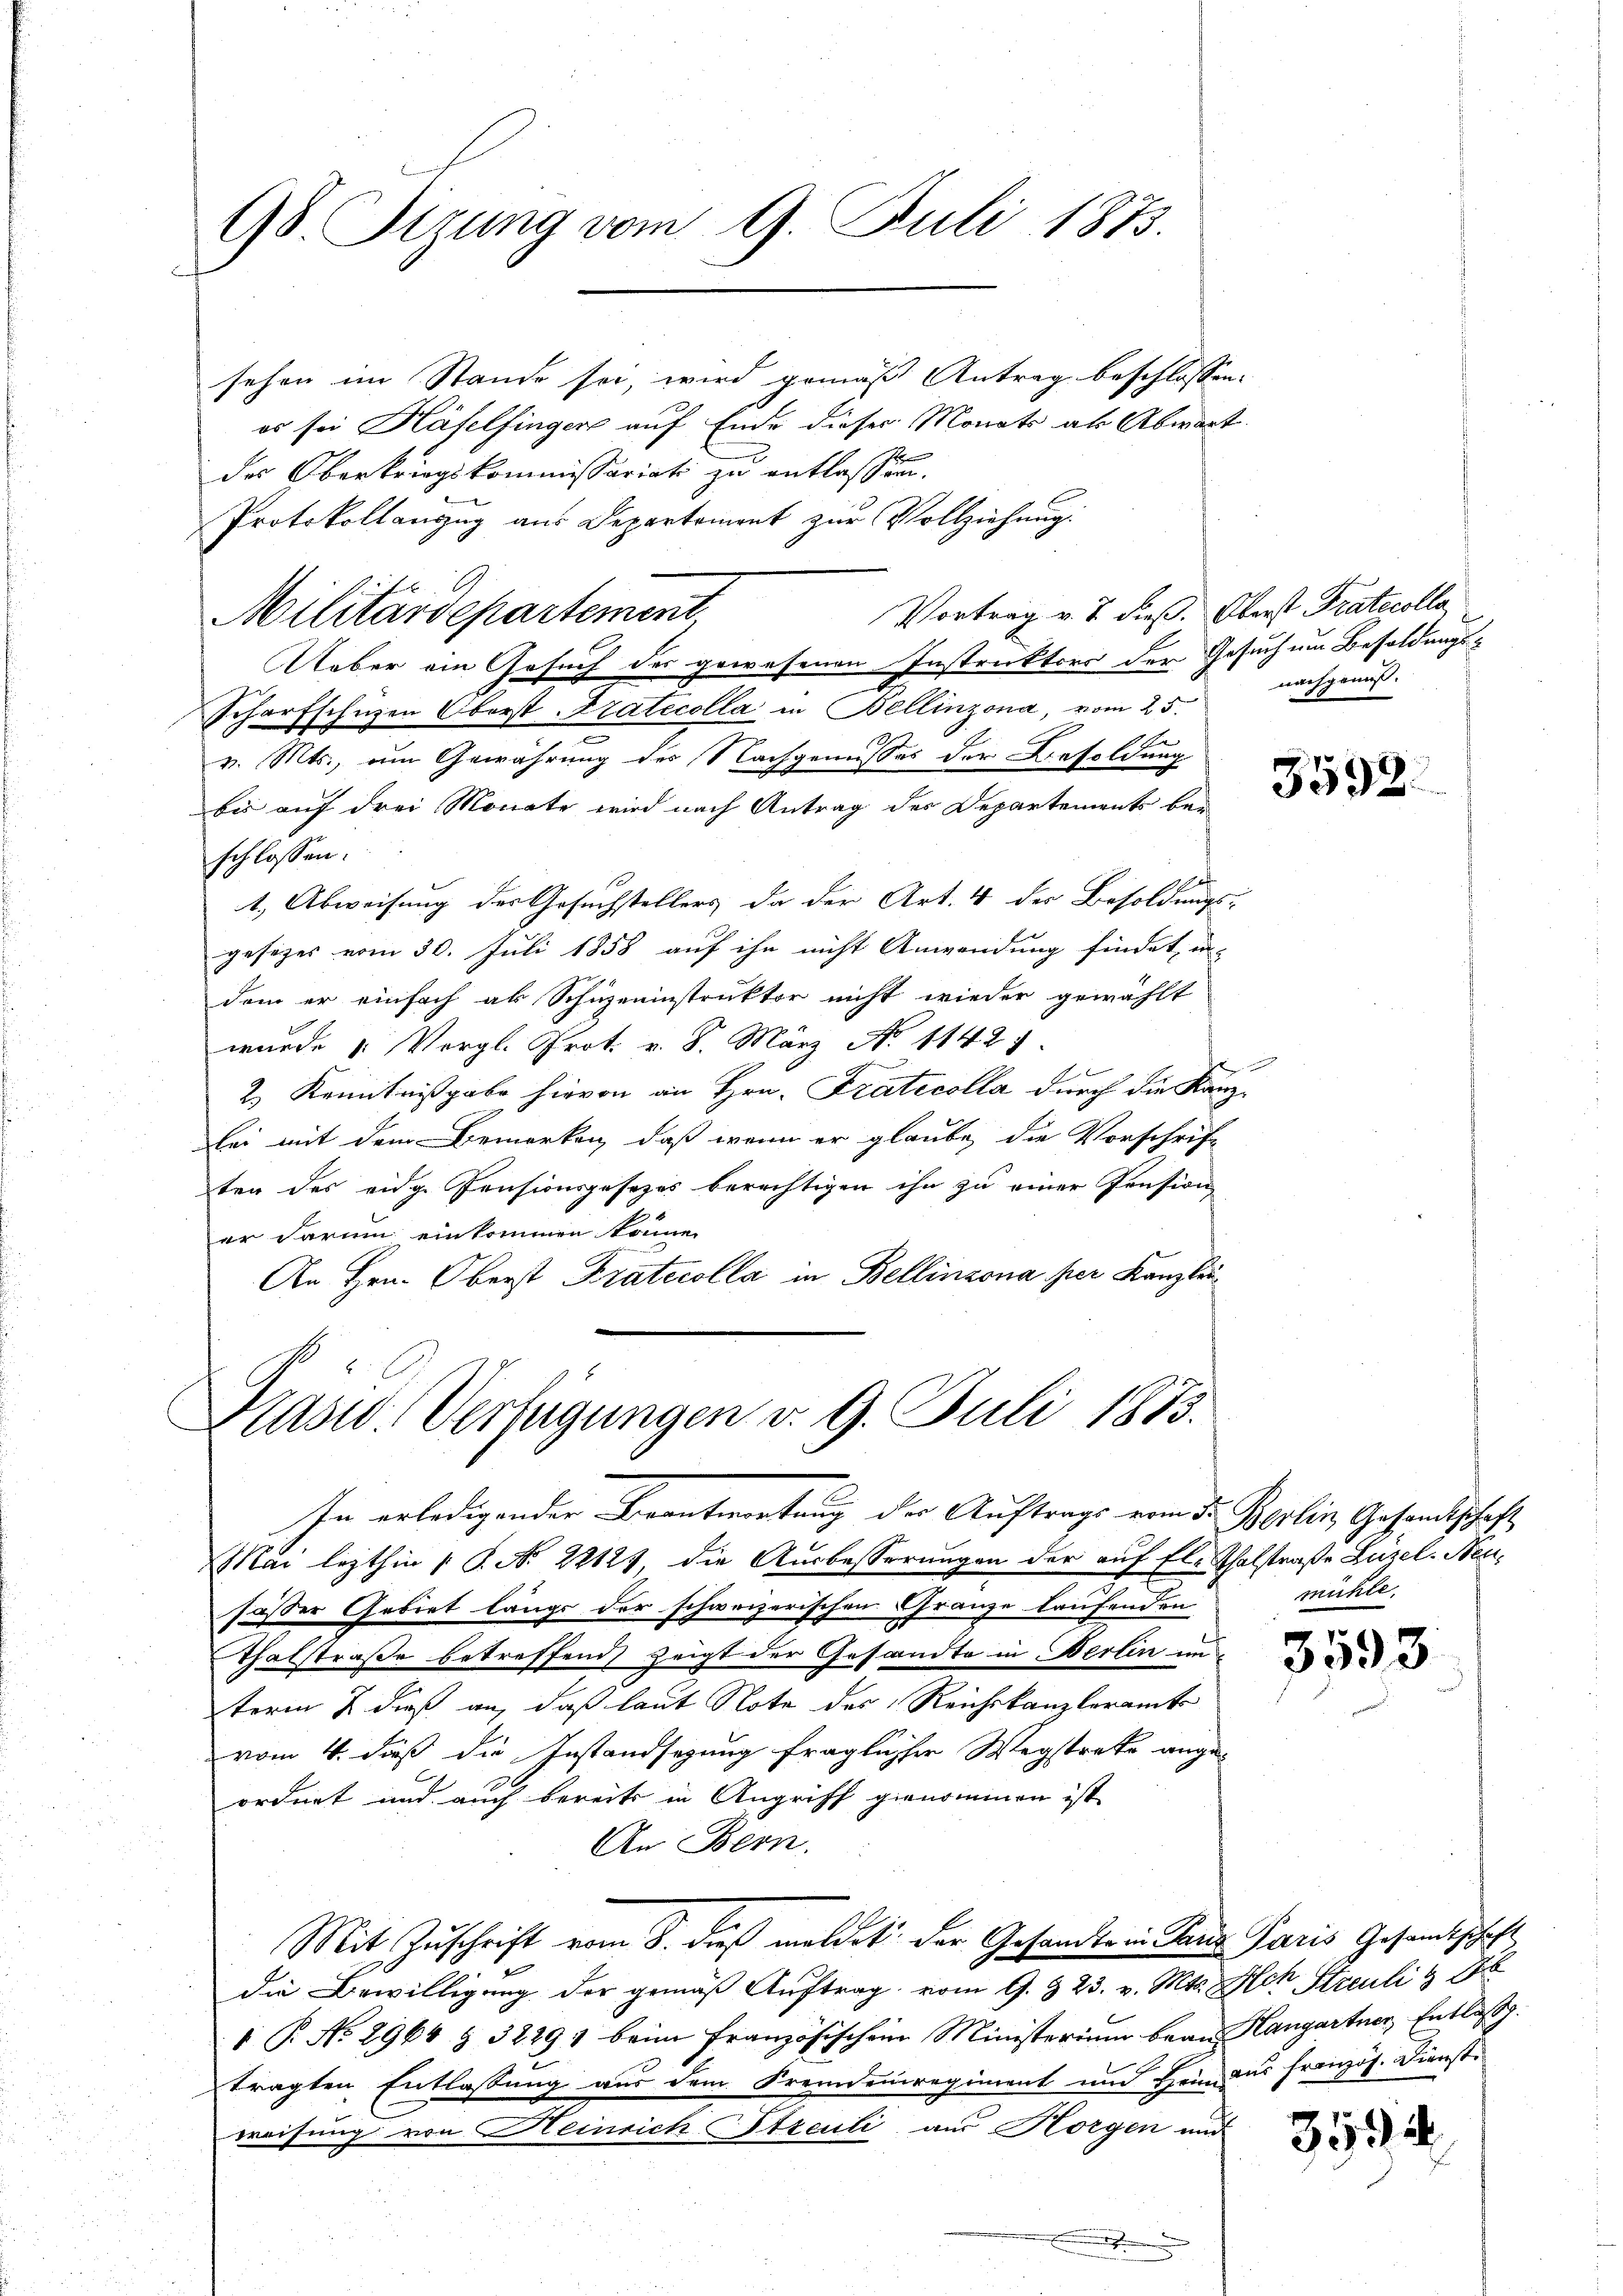
98 Fizung vom 9. Juli 1873.

sehen im Stande sei, wird gemäß Antrag beschlossen.
es sei Häfelfingers auf Ende dieses Monats als Abwart
des Oberkriegskommissariats zu entlassen.
Protokollauszug aus Departement zur Vollziehung.
Vortrag v. J. dieß. Oberst Pratecolla,
Ueber ein Gesuch des gewesenen Instruktors der Gesuch um Besoldungs¬
Scharfschuzen Oberst Tratecolla in Bellinzona, vom 25.
v. Mts., um Gewährung des Nachgemesses der Besoldung
bis auf drei Monate wird nach Antrag der Departements bei
schlossen:
1.) Abweisung des Gesuchstellers da der Art. 4 des Besoldungs-
gesezes vom 30. Juli 1858 auf ihn nicht Anwendung findet, in-
dem er einfach ab Schüzeninstruktor nicht wieder gewählt
wurde 1. Vergl. Prot. v. 8. März No. 1142
2.) Kenntnißgabe hievon an Hrn. Fratecolla durch die Kanz¬
Eei mit dem Bemerken, daß wenn er glaube, die Vorschrift
ten des eidg. Pensionsgesezes berechtigen ihn zu einer Pension
er darum einkommen könne.
An Hrn. Oberst Kratecolla in Bellinzona per Kanzlei

Militärdepartement

Präsid. Verfügungen v. 9. Juli 1873.
In erledigender Beantwortung der Auftrags vom 5. Berlin Gesandtschaft

Mai lezthin 1 S. No 22121 die Ausbesserungen der auf fleisthalstraße Lüzel. Neufasser Gebiet länge der schweizerischen Granze laufenden
Thalstraße betreffend zeigt der Gesandte in Berlin unterm & dieß an, daß laut Note des Reichskanzleramt
vom 4. daß die Instandsazung fraglicher Wegstrate angeordnet und auch bereits in Angriff genommen ist
An Bern.
Mit Zuschrift vom 8. dieß meldet der Gesandte ein aus Paris Gesandtischaft
die Bewilligung der gemäß Auftrag vom 9. § 23. v. Mts. Hotz Streuli 18
 P. No 2964 § 32291 beim französischein Ministerium bean Hangartner Entlass.
tragten Entlassung aus dem Fremdenregiment und Heim das französ. Dienstweisung von Heinrich Sticuli aus Horgen und
.

nachgenuß.

3592.

mühle.

3593

359